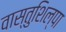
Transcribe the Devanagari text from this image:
वास्तुशिल्पा